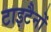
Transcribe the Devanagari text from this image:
टाइटैनों